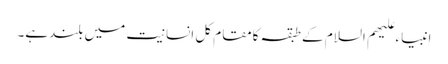
انبیاء علیھم السلام کے طبقہ کامقام کل انسانیت میں بلندہے۔